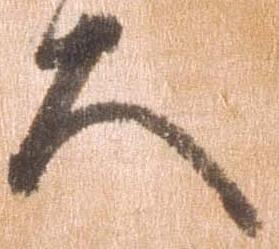
大